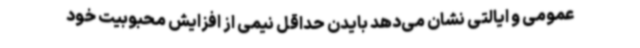
عمومی و ایالتی نشان می‌دهد بایدن حداقل نیمی از افزایش محبوبیت خود